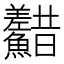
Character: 𩽫